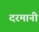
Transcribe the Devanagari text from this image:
दरमानी